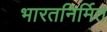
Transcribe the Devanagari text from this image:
भारतनिर्मित